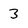
Character: 3